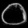
Digit: ၀